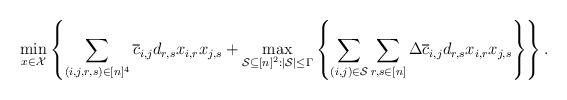
LaTeX: \begin{align*}&\min_{x\in \mathcal{X}} \left\{ \sum_{(i,j,r,s) \in [n]^4} \overline{c}_{i,j}d_{r,s}x_{i,r}x_{j,s} + \max_{\mathcal{S} \subseteq [n]^2:|\mathcal{S}|\le \Gamma} \left\{ \sum_{(i,j)\in \mathcal{S}} \sum_{r,s\in [n]} \Delta \overline{c}_{i,j} d_{r,s}x_{i,r}x_{j,s} \right\} \right\} .\end{align*}